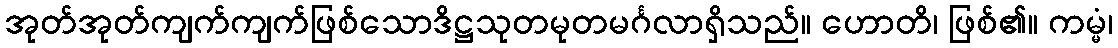
အုတ်အုတ်ကျက်ကျက်ဖြစ်သောဒိဋ္ဌသုတမုတမင်္ဂလာရှိသည်။ ဟောတိ၊ ဖြစ်၏။ ကမ္မံ၊